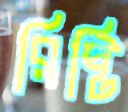
রিষ্টি